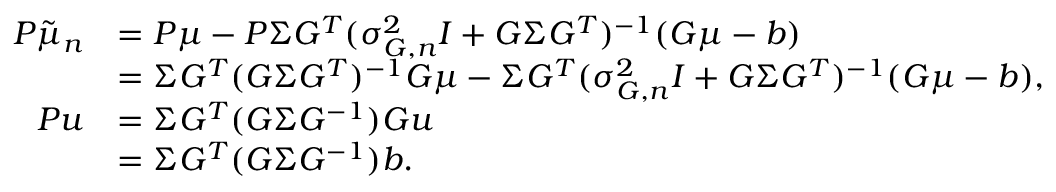
\begin{array} { r l } { P \tilde { \mu } _ { n } } & { = P \mu - P \Sigma G ^ { T } ( \sigma _ { G , n } ^ { 2 } I + G \Sigma G ^ { T } ) ^ { - 1 } ( G \mu - b ) } \\ & { = \Sigma G ^ { T } ( G \Sigma G ^ { T } ) ^ { - 1 } G \mu - \Sigma G ^ { T } ( \sigma _ { G , n } ^ { 2 } I + G \Sigma G ^ { T } ) ^ { - 1 } ( G \mu - b ) , } \\ { P u } & { = \Sigma G ^ { T } ( G \Sigma G ^ { - 1 } ) G u } \\ & { = \Sigma G ^ { T } ( G \Sigma G ^ { - 1 } ) b . } \end{array}